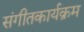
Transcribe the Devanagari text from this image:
संगीतकार्यक्रम